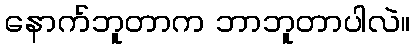
နောက်ဘူတာက ဘာဘူတာပါလဲ။